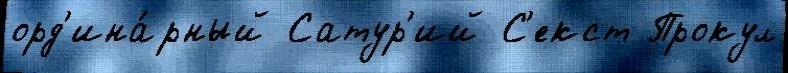
орд'ина́рный Сатур'ий С'екст Прокул